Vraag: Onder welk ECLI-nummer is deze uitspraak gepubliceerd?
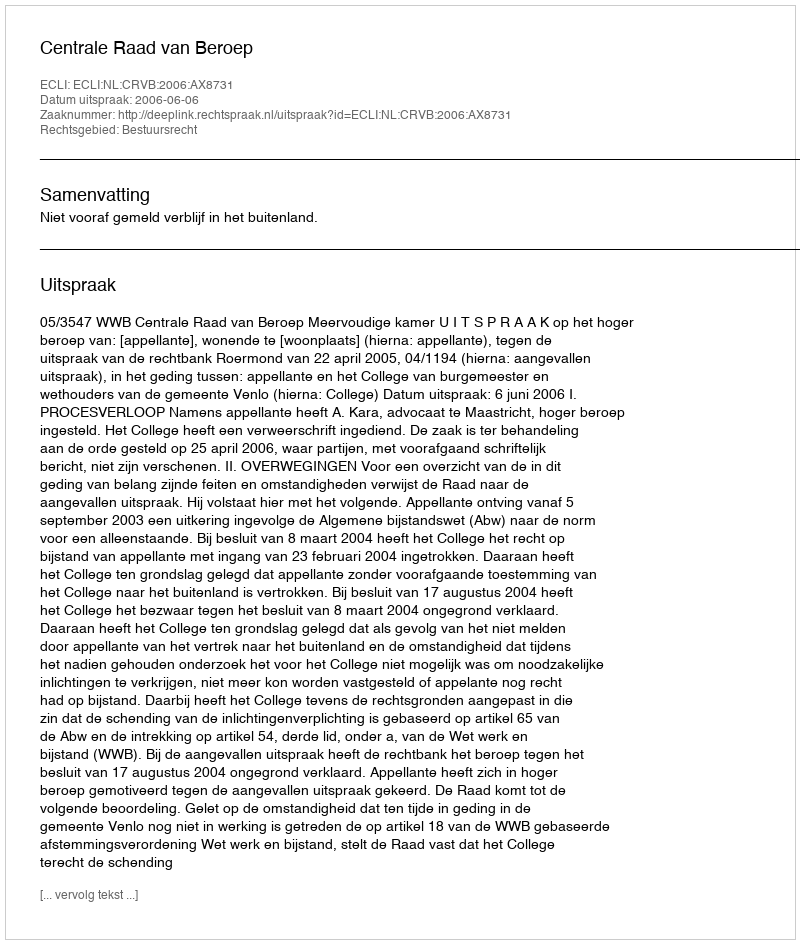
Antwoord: ECLI:NL:CRVB:2006:AX8731